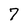
Character: 7